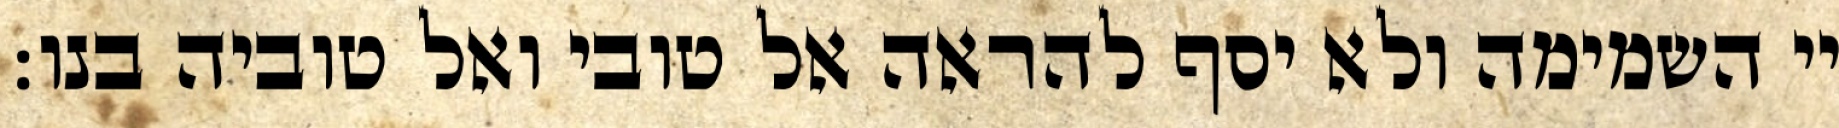
יי השמימה ולא יסף להראה אל טובי ואל טוביה בנו: